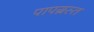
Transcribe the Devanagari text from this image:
पापग्रस्त